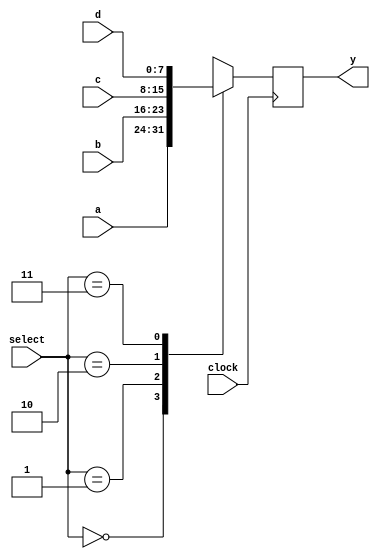
module mux_reg(y, a, b, c, d, select, clock);
output [7:0] y;
input [7:0] a,b,c,d;
input [1:0] select;
input clock;
reg [7:0] y;

always @ (posedge clock)
case (select)
0: y <= a;
1: y <= b;
2: y <= c;
3: y <= d;
default: y <= 8'bx;
endcase
endmodule